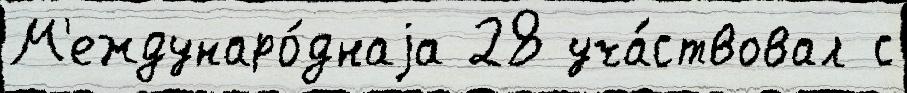
М'еждунаро́днаjа 28 уча́ствовал с